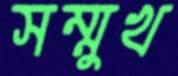
সম্মুখ